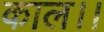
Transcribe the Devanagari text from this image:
काल।।